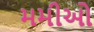
મમીઓ